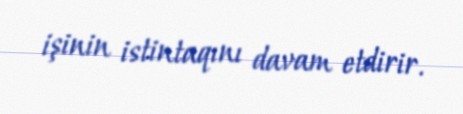
işinin istintaqını davam etdirir.